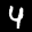
Label: 4